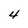
Character: 4